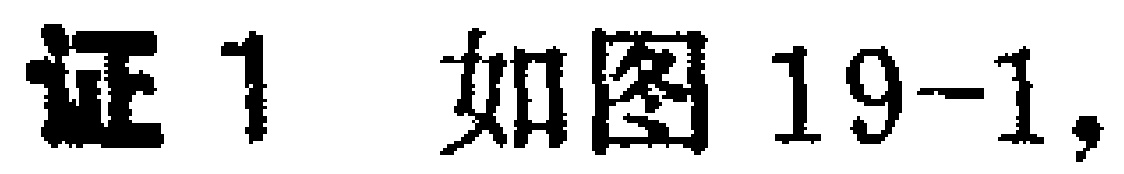
证1 如图19-1,